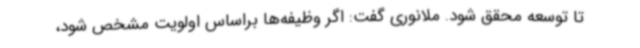
تا توسعه محقق شود. ملانوری گفت: اگر وظیفه‌ها براساس اولویت مشخص شود،